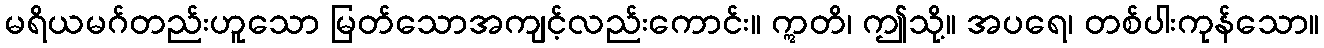
မရိယမဂ်တည်းဟူသော မြတ်သောအကျင့်လည်းကောင်း။ ဣတိ၊ ဤသို့။ အပရေ၊ တစ်ပါးကုန်သော။